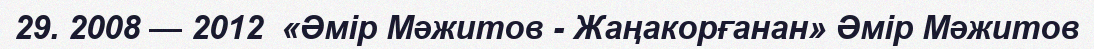
29. 2008 — 2012  «Әмір Мәжитов - Жаңакорғанан» Әмір Мәжитов